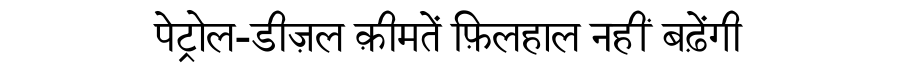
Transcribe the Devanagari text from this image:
पेट्रोल-डीज़ल क़ीमतें फ़िलहाल नहीं बढ़ेंगी